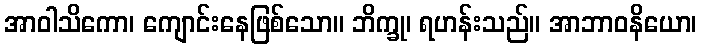
အာဝါသိကော၊ ကျောင်းနေဖြစ်သော။ ဘိက္ခု၊ ရဟန်းသည်။ အာဘာဝနိယော၊